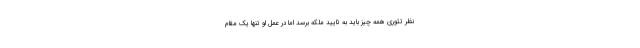
نظر تئوری همه چیز باید به تایید ملکه برسد اما در عمل او تنها یک مقام